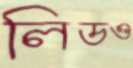
লিডও